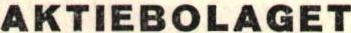
AKTIEBOLAGET